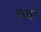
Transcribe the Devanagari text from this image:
तंबर